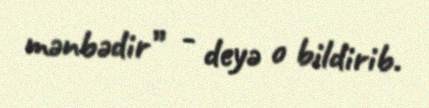
mənbədir” - deyə o bildirib.